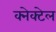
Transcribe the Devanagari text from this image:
क्नेक्टेल